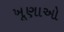
ખૂણાઓ